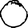
Digit: 0